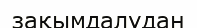
зақымдалудан